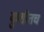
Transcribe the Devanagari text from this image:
कुशीतच